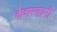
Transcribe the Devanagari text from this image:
केशस्वामी